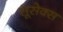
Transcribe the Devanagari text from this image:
सूसेक्स